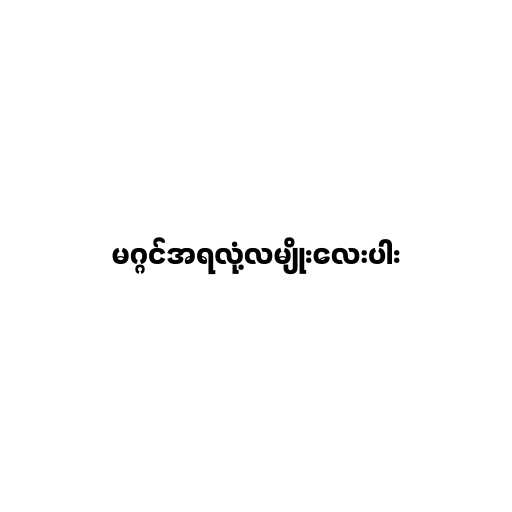
မဂ္ဂင်အရလုံ့လမျိုးလေးပါး